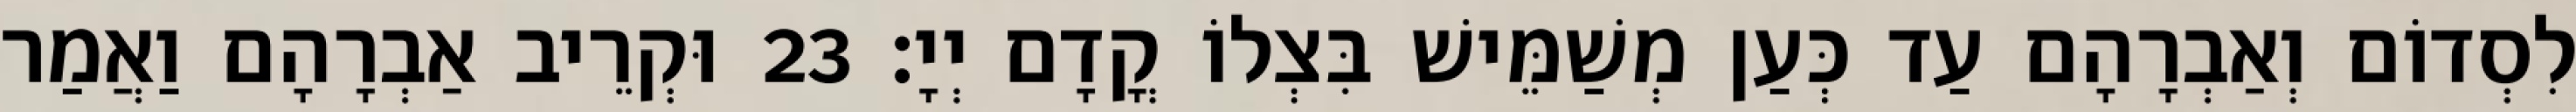
לִסְדוֹם וְאַבְרָהָם עַד כְּעַן מְשַׁמֵּישׁ בִּצְלוֹ קֳדָם יְיָ׃ 23 וּקְרֵיב אַבְרָהָם וַאֲמַר